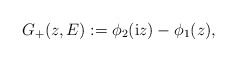
\begin{align*} G_+(z,E):= \phi_2(\mathrm{i}z)-\phi_1(z), \end{align*}